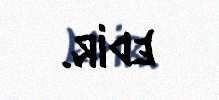
edir.